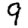
Digit: 9